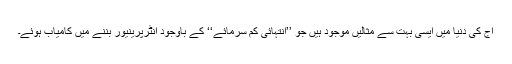
آج کی دنیا میں ایسی بہت سے مثالیں موجود ہیں جو ’’انتہائی کم سرمائے‘‘ کے باوجود انٹرپرینیور بننے میں کامیاب ہوئے۔